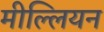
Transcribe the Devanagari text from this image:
मील्लियन